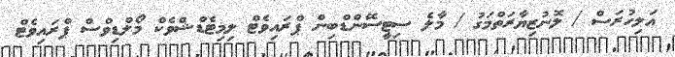
އަލިހުރަސް / ލޮނުޒިޔާރަތްމަގު / މާލެ ސިޓީސޭންޑްބިން ޕްރައިވެޓް ލިމިޓެޑްޝްވެކް މޯލްޑިވްސް ޕްރައިވެޓް